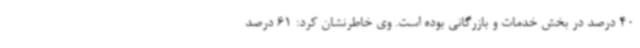
40 درصد در بخش خدمات و بازرگانی بوده است. وی خاطرنشان کرد: 61 درصد